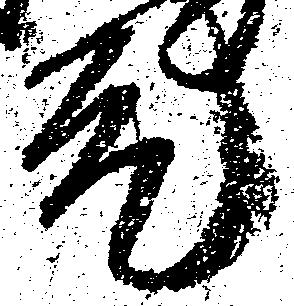
元